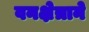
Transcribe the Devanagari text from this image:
वनक्षेत्राने